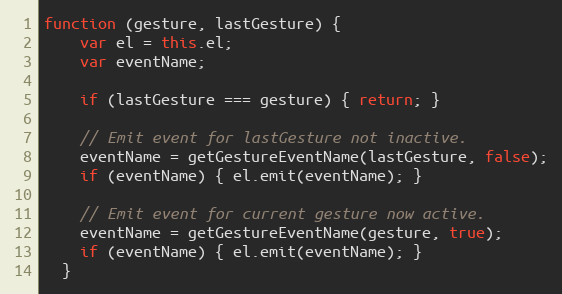
Language: JavaScript
function (gesture, lastGesture) {
    var el = this.el;
    var eventName;

    if (lastGesture === gesture) { return; }

    // Emit event for lastGesture not inactive.
    eventName = getGestureEventName(lastGesture, false);
    if (eventName) { el.emit(eventName); }

    // Emit event for current gesture now active.
    eventName = getGestureEventName(gesture, true);
    if (eventName) { el.emit(eventName); }
  }